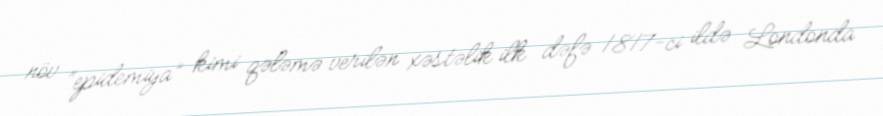
növ “epidemiya” kimi qələmə verilən xəstəlik ilk dəfə 1817-ci ildə Londonda